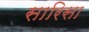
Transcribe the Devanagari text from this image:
सारिसा